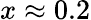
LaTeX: x\approx 0.2